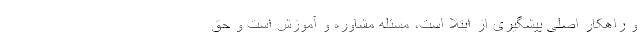
و راهکار اصلی پیشگیری از ابتلا است، مسئله مشاوره و آموزش است و حق